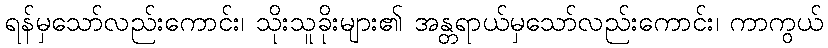
ရန်မှသော်လည်းကောင်း၊ သိုးသူခိုးများ၏ အန္တရာယ်မှသော်လည်းကောင်း၊ ကာကွယ်